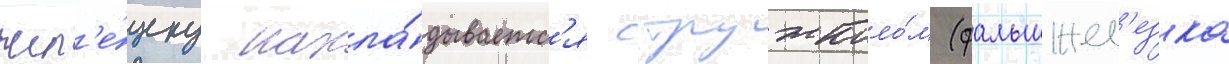
жел'е́зку накла́дываетс'я стружколо́м (фальшжел'езка